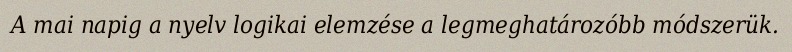
A mai napig a nyelv logikai elemzése a legmeghatározóbb módszerük.